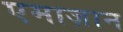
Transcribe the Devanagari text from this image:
एमाज़ान